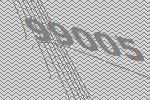
99005